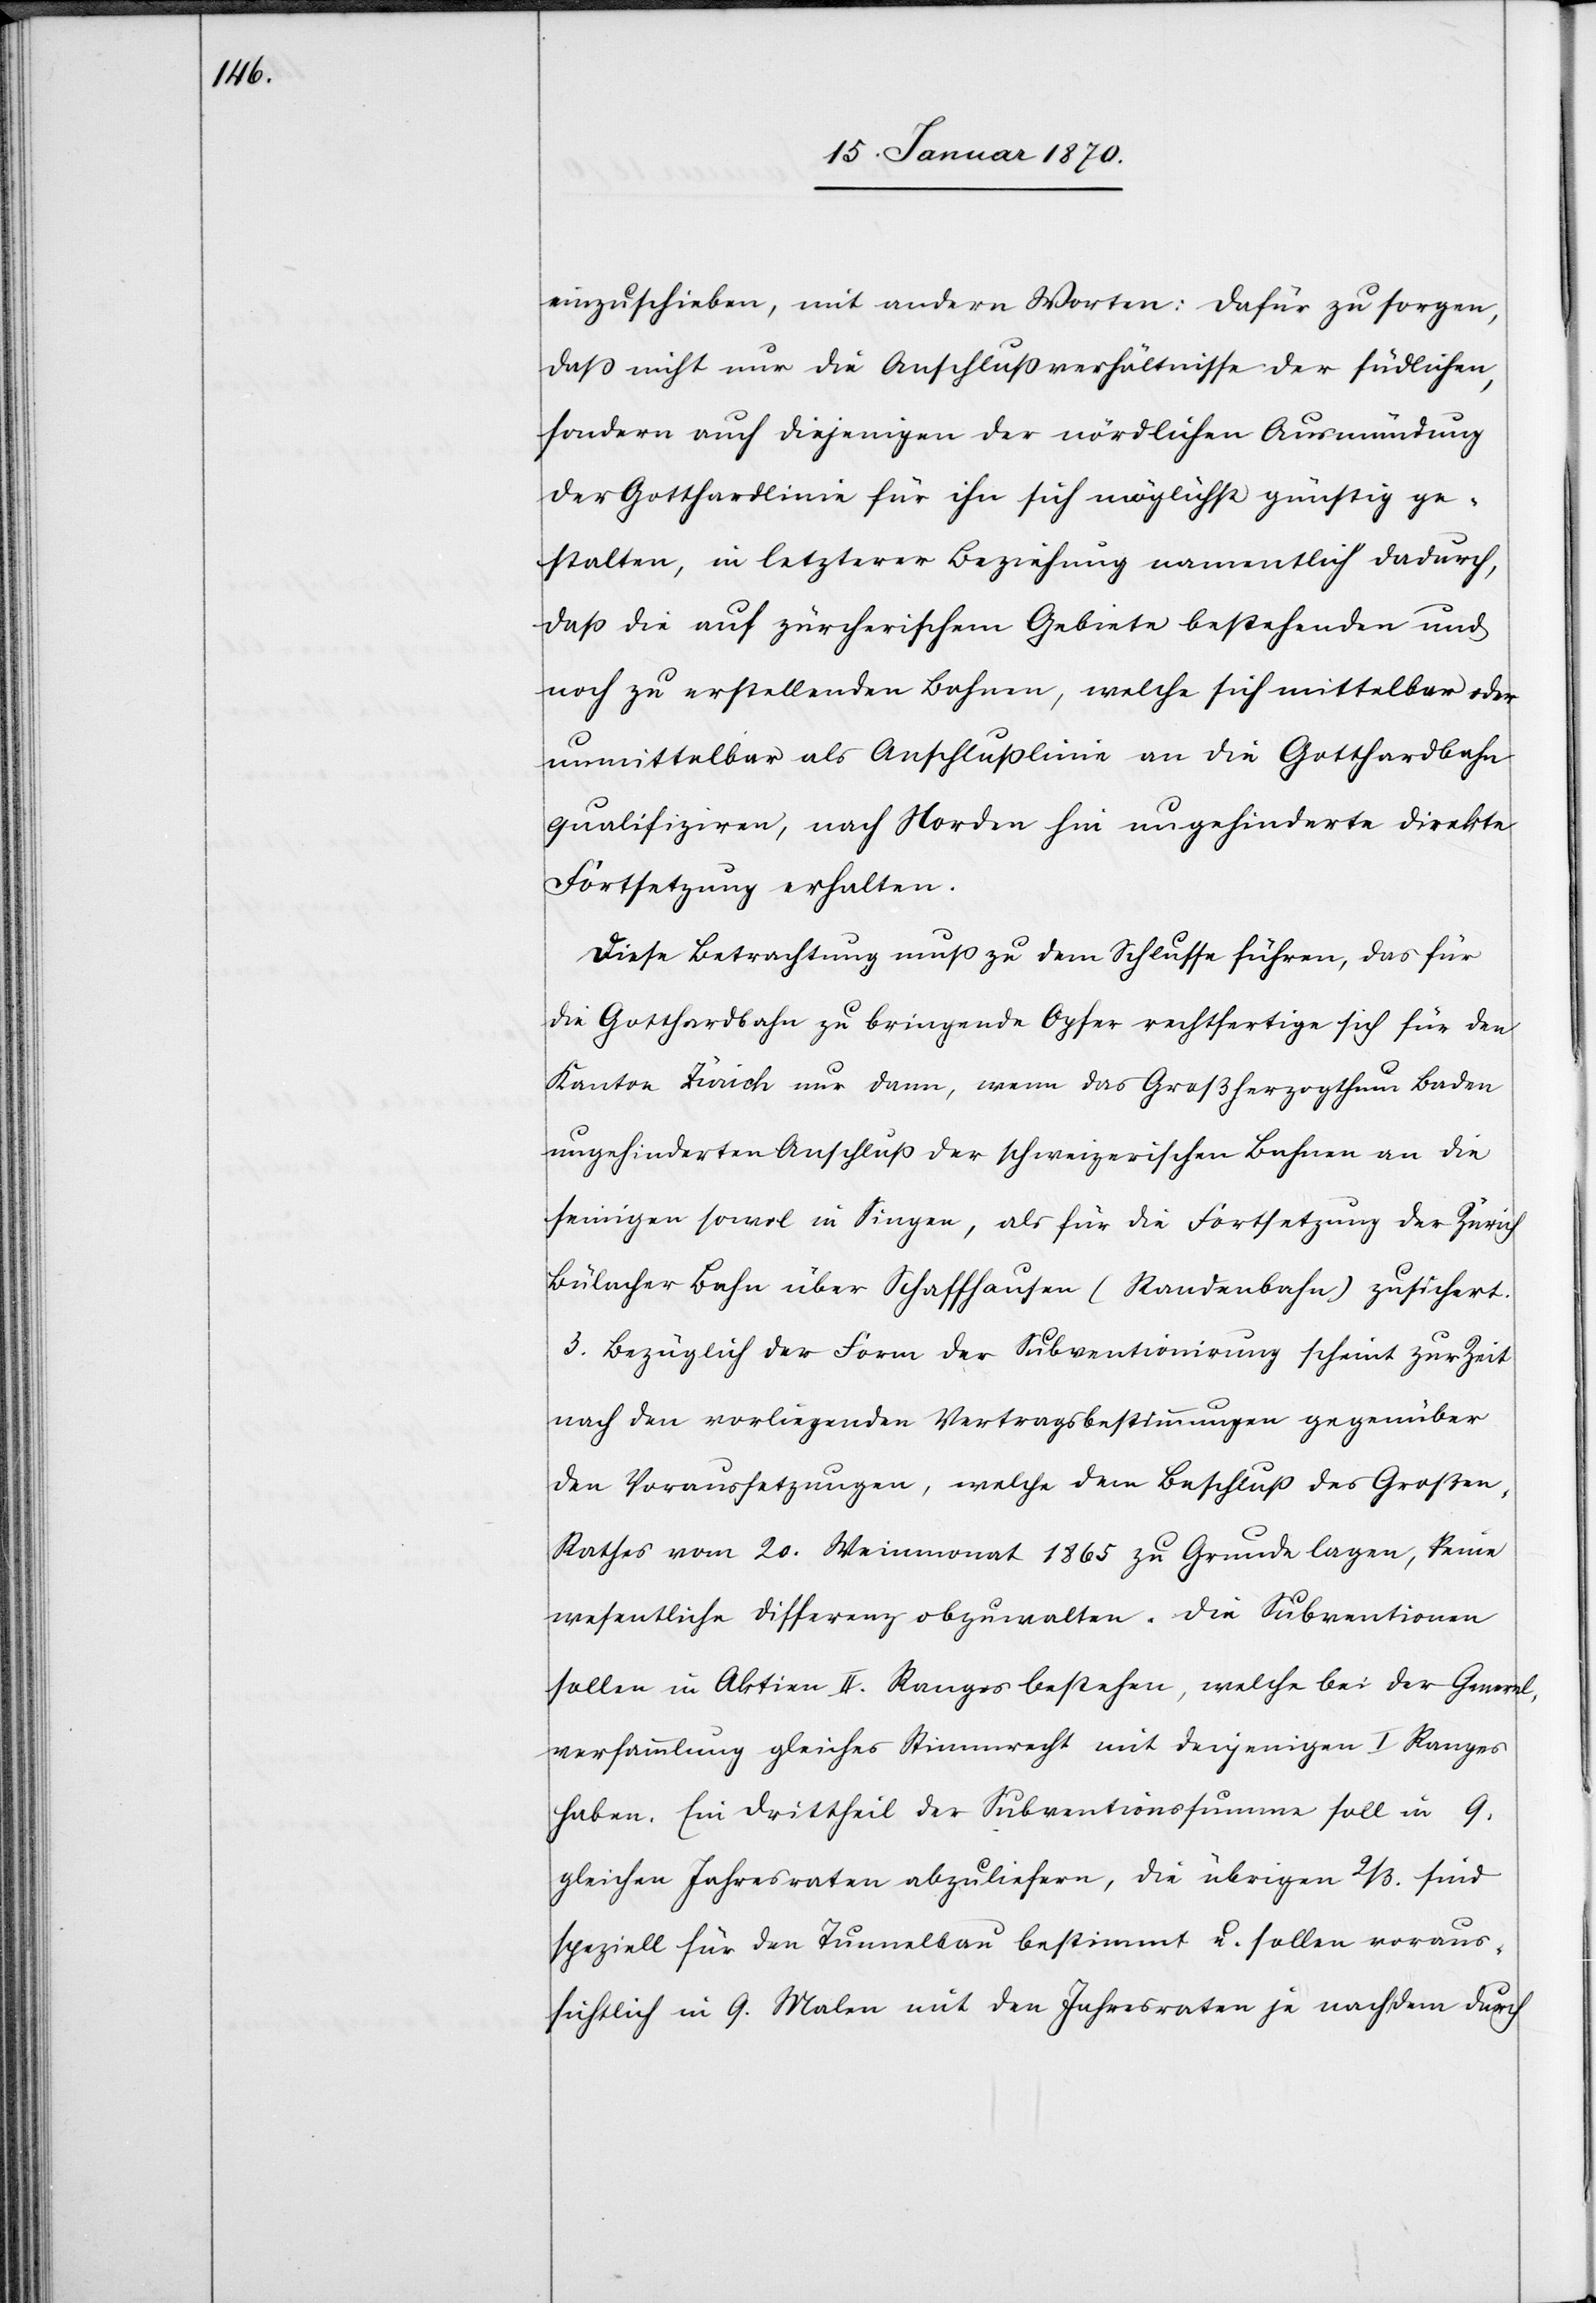
einzuschieben, mit andern Worten: Dafür zu sorgen,
daß nicht nur die Anschlußverhältnisse der südlichen,
sondern auch diejenigen der nördlichen Ausmündung
der Gotthardlinie für ihn sich möglichst günstig ge¬
stalten, in letzterer Beziehung namentlich dadurch,
daß die auf zürcherischem Gebiete bestehenden und
noch zu erstellenden Bahnen, welche sich mittelbar oder
unmittelbar als Anschlußlinie an die Gotthardbahn
qualifiziren, nach Norden hin ungehinderte direkte
Fortsetzung erhalten.
Diese Betrachtung muß zu dem Schlusse führen, das für
die Gotthardbahn zu bringende Opfer rechtfertige sich für den
Kanton Zürich nur dann, wenn das Großherzogthum Baden
ungehinderten Anschluß der schweizerischen Bahnen an die
seinigen sowol in Singen, als für die Fortsetzung der Zürich
Bülacher Bahn über Schaffhausen (Standenbahn) zusichert.
3. Bezüglich der Form der Subventionirung scheint zur Zeit
nach den vorliegenden Vertragsbestimmungen gegenüber
den Voraussetzungen, welche dem Beschluß des Großen
Rathes vom 20. Weinmonat 1865 zu Grunde lagen, keine
wesentliche Differenz obzuwalten. Die Subventionen
sollen in Aktien II. Ranges bestehen, welche bei der General¬
versammlung gleiches Stimmrecht mit denjenigen I Ranges
haben. Ein Drittheil der Subventionssumme soll in 9.
gleichen Jahresraten abzuliefern, die übrigen 2/3. sind
speziell für den Tunnelbau bestimmt u. sollen voraus¬
sichtlich in 9. Malen mit den Jahresraten je nachdem durch